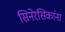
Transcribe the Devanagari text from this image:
सिनेरसिकांना